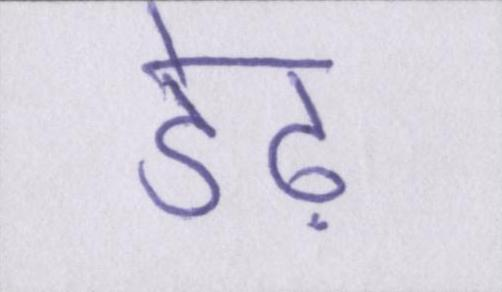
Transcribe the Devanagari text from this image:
डेढ़